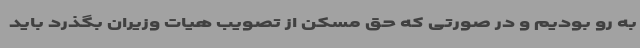
به رو بودیم و در صورتی که حق مسکن از تصویب هیات وزیران بگذرد باید